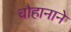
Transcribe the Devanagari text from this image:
चौहानाने